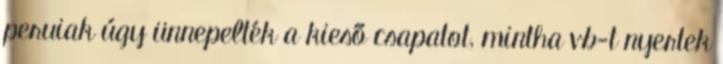
peruiak úgy ünnepelték a kieső csapatot, mintha vb-t nyertek